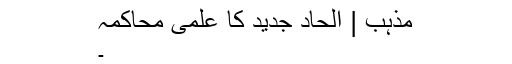
مذہب | الحاد جدید کا علمی محاکمہ
۔